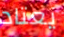
يعتاد